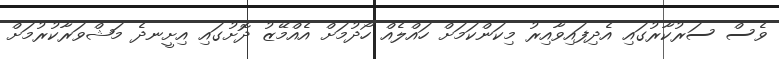
ވެސް ސަރުކާރުގައި އެދިފައިވާއިރު މިކަންކަމަށް ހައްލެއް ހޯދުމަށް އެއްމޭޒު ދޮށުގައި އިށީނދެ މަޝްވަރާކުރުމަށް